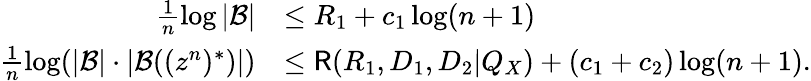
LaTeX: \begin{array}{rl}{\frac{1}{n}\log|\mathcal{B}|}&{\leq R_{1}+c_{1}\log(n+1)}\\ {\frac{1}{n}\log(|\mathcal{B}|\cdot|\mathcal{B}((z^{n})^{*})|)}&{\leq\mathsf{R}(R_{1},D_{1},D_{2}|Q_{X})+(c_{1}+c_{2})\log(n+1).}\end{array}